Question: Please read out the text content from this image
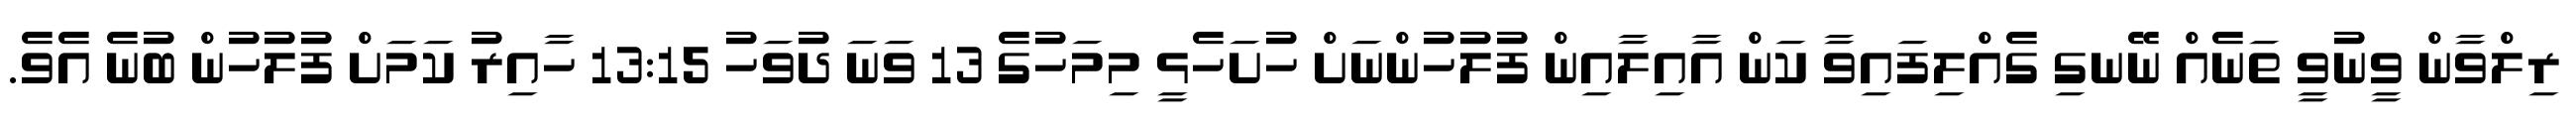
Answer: ރިލްވާން ވީނުވީ ތަނެއް ނޭނގި ގެއްލިފައިވާ ކަން އާއިލާއިން ފުލުހުންނަށް ހުށަހެޅީ މިމަހުގެ 13 ވަނަ ދުވަހު 13:15 ހާއިރު ކަމަށް ފުލުހުން ބުނެ އެވެ.